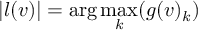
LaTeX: | l ( v ) | = \arg \operatorname* { m a x } _ { k } ( g ( v ) _ { k } )